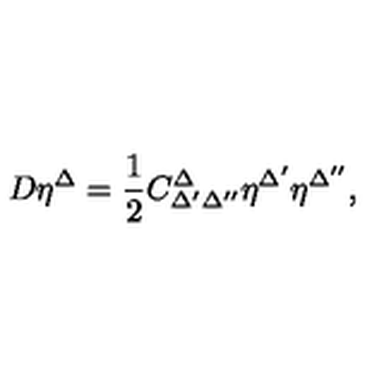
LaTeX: D \eta ^ { \Delta } = \frac { 1 } { 2 } C _ { \Delta ^ { \prime } \Delta ^ { \prime \prime } } ^ { \Delta } \eta ^ { \Delta ^ { \prime } } \eta ^ { \Delta ^ { \prime \prime } } ,